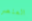
العنصر